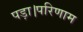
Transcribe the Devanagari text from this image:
पड़ा।परिणाम